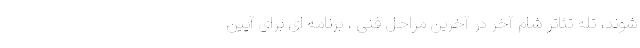
شوند، تله تئاتر شام آخر در آخرین مراحل فنی ، برنامه ای برای آیین